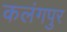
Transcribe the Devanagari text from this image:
कलंगपुर